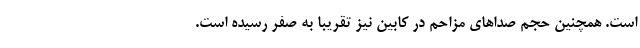
است. همچنین حجم صداهای مزاحم در کابین نیز تقریبا به صفر رسیده است.